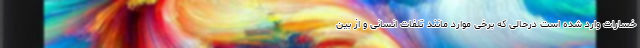
خسارات وارد شده است درحالی که برخی موارد مانند تلفات انسانی و از بین